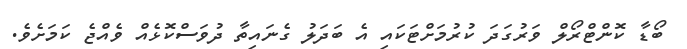
ބޯޑާ ކޮންޓްރޯލް ވަރުގަދަ ކުރުމަށްޓަކައި އެ ބަދަލު ގެނައިތާ ދުވަސްކޮޅެއް ވެއްޖެ ކަމަށެވެ.